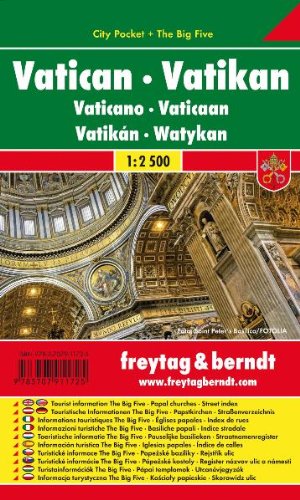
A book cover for Vatican City Pocket Map 1:2.5K (English, Italian and German Edition); Freytag Berndt; Travel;